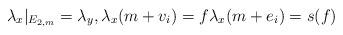
LaTeX: \begin{align*}\lambda_x |_{E_{2,m}} = \lambda_y, \lambda_x(m+v_i) = f \lambda_x(m+e_i)=s(f)\end{align*}